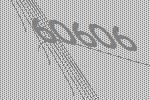
60606